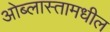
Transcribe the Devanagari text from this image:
ओब्लास्तामधील